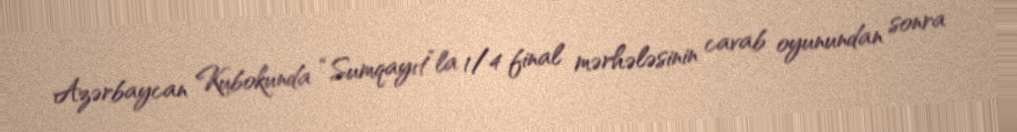
Azərbaycan Kubokunda “Sumqayıt”la 1/4 final mərhələsinin cavab oyunundan sonra